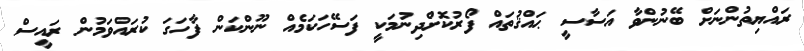
ރައްޔިތުންނަށް ބޭނުންވާ އަސާސީ ޙައްޤުތައް ފޯރުކޮށްދިނުމަކީ ފަސޭހަކަމެއް ނޫންކަން ފާހަގަ ކުރައްވަމުން ރައީސް